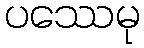
ပဿေမု